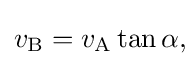
v_{\mathrm {B} }=v_{\mathrm {A} }\tan {\alpha },\!